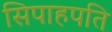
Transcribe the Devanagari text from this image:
सिपाहपति